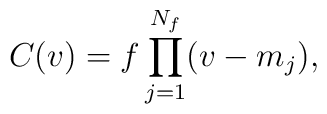
C(v) = f \prod _{j=1}^{N_f} (v-m_j),